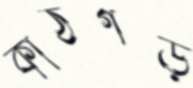
কাঠগড়